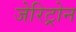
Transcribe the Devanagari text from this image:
जेरिट्रोन